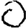
Digit: 0